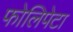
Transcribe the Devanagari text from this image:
फोलिपेटा